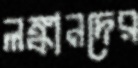
লঙ্কানদের